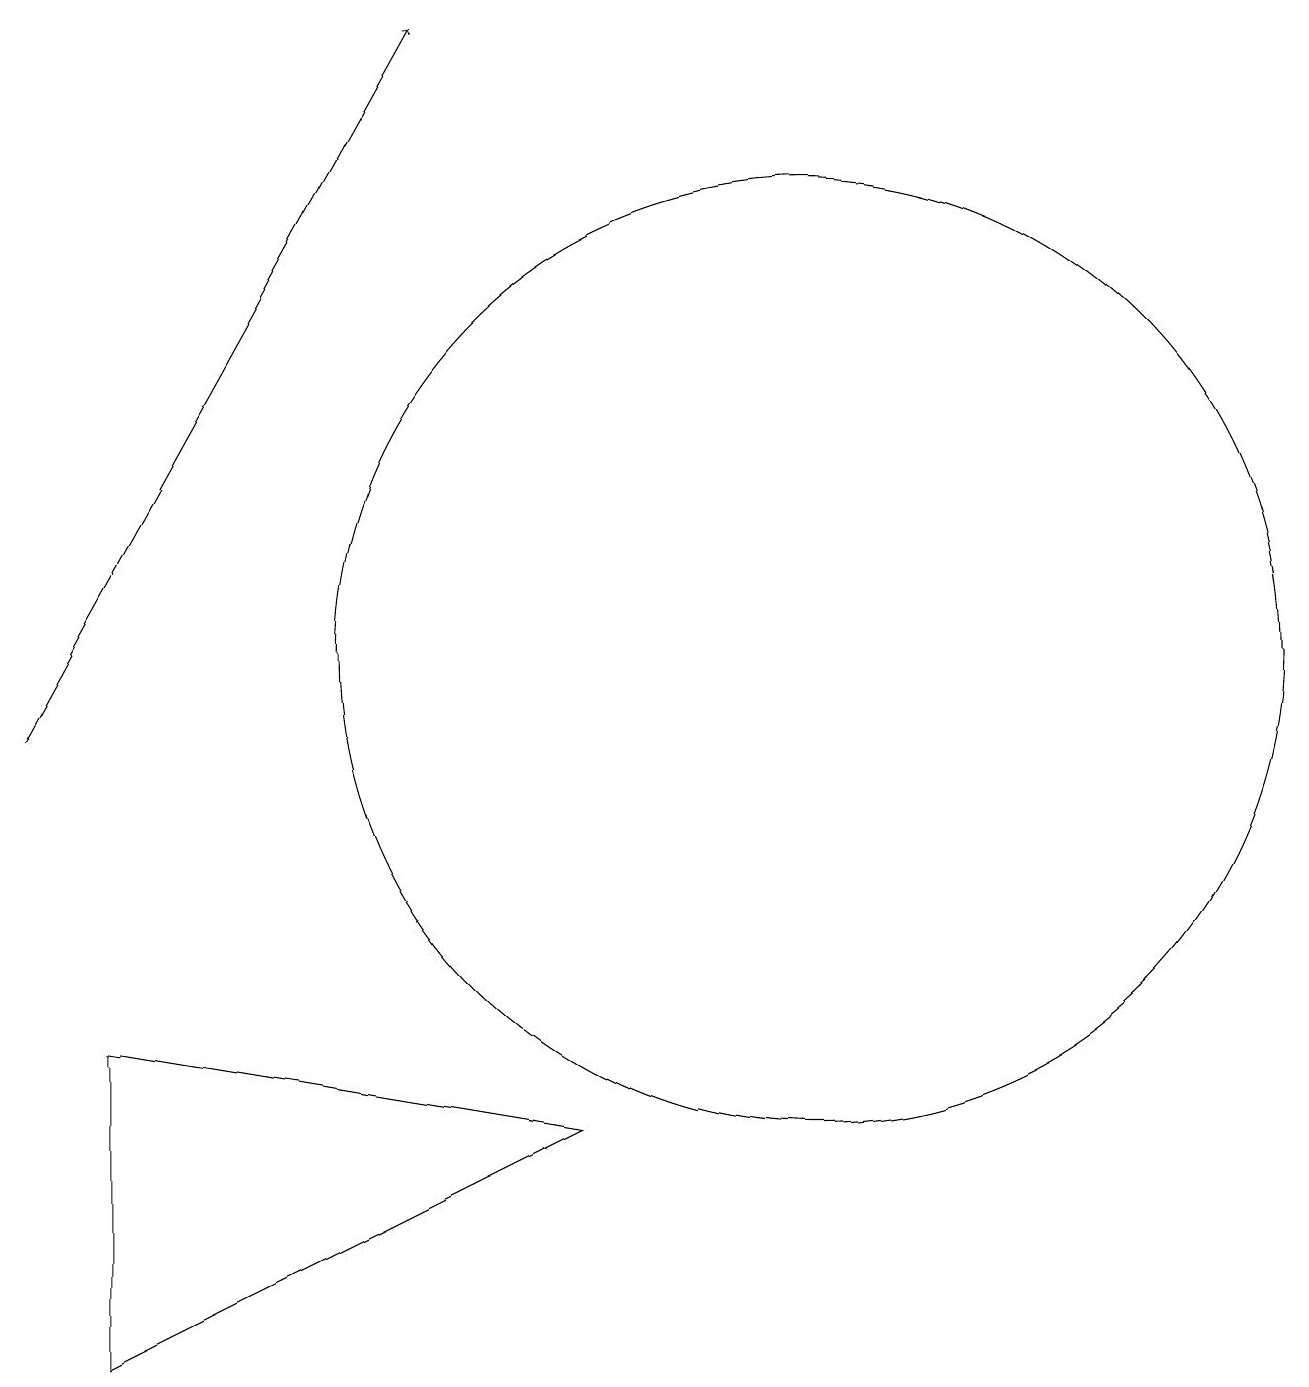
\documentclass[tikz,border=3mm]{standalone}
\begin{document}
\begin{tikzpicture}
\draw[->] (2,10) -- (7,19);
\draw (12,11) circle (6);
\draw (3,2) -- (9,5) -- (3,6) -- cycle;
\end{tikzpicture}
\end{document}